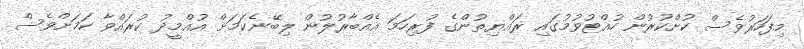
މިފަހަރުވެސް ކުށްކުރުން ހުއްޓުވުމުގައި ރައްޔިތުންގެ ފުރިހަމަ އެއްބާރުލުން ލިބޭނެކަމަށް އުއްމީދު ކުރައްވާ ކަމަށްވެސް